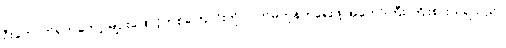
ဦးကောက်ရကတော့ မျဉ်းဖြောင့်တစ်ကြောင်းကို လက်မတုန်ဘဲရေးဖို့ အတော်ကြီး ကြိုးစားယူရသည်။